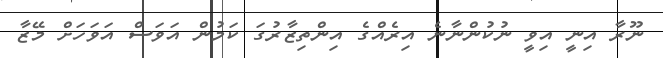
ނޫރާ އިނީ އިވީ ނުކުންނާނެ އިރެއްގެ އިންތިޒާރުގަ ކަމުން އަވަސް އަވަހަށް މޭޒާ